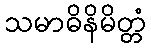
သမာဓိနိမိတ္တံ